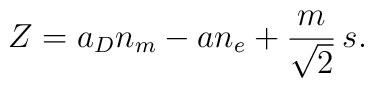
Z= a_D n_m - a n_e + {m\over\sqrt{2}}\, s.